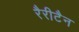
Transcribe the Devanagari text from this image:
रैरीटैन